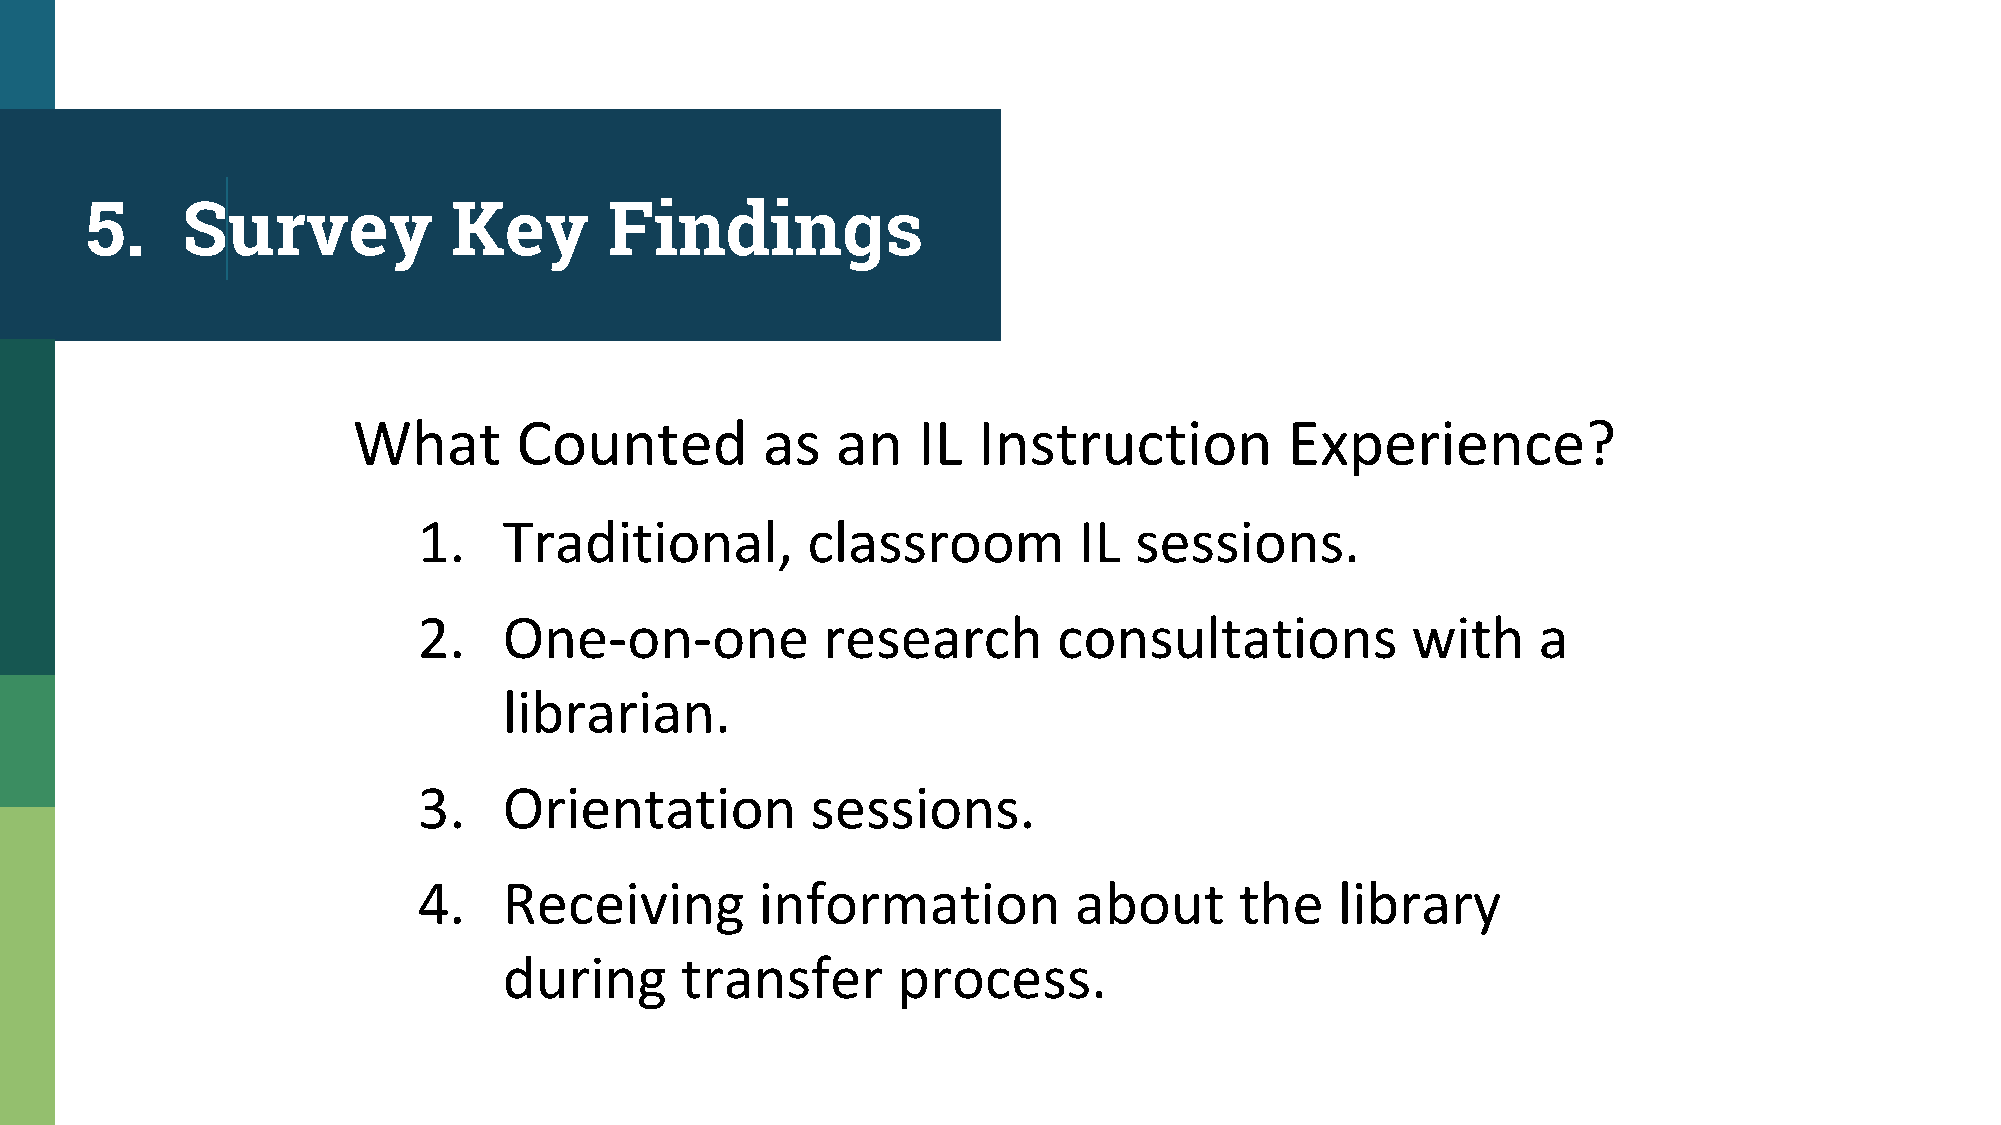
5.    Survey            Key       Findings